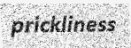
prickliness